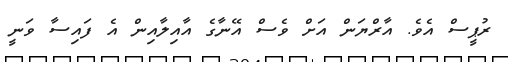
ރުޕީސް އެވެ. އާރްޔަން އަށް ވެސް އޭނާގެ އާއިލާއިން އެ ފައިސާ ވަނީ